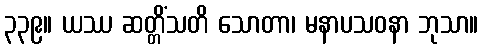
၃၃၉။ ယဿ ဆတ္တိံသတိ သောတာ၊ မနာပသဝနာ ဘုသာ။